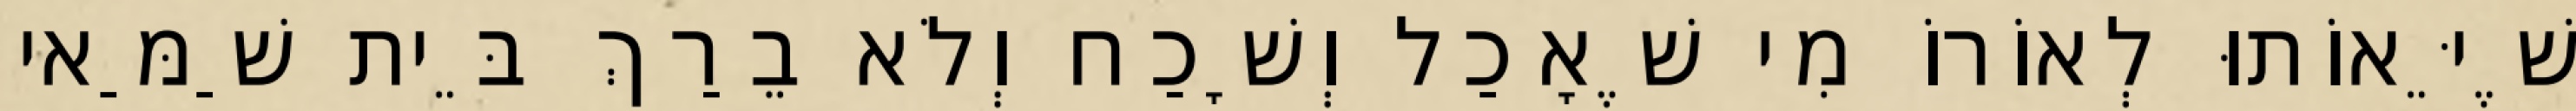
שֶׁיֵּאוֹתוּ לְאוֹרוֹ מִי שֶׁאָכַל וְשָׁכַח וְלֹא בֵרַךְ בֵּית שַׁמַּאי